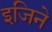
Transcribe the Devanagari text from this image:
इजिने